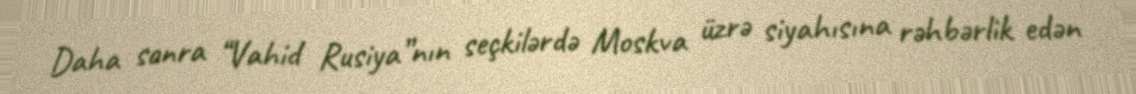
Daha sonra “Vahid Rusiya”nın seçkilərdə Moskva üzrə siyahısına rəhbərlik edən